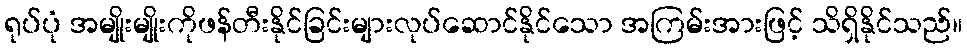
ရုပ်ပုံ အမျိုးမျိုးကိုဖန်တီးနိုင်ခြင်းများလုပ်ဆောင်နိုင်သော အကြမ်းအားဖြင့် သိရှိနိုင်သည်။